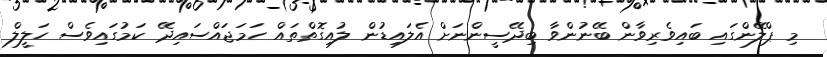
މި ޕްލޭންގައި ބައިވެރިވާން ބޭނުންވާ ބިދޭސީންނަށް އެލައިޑުން ލުއިގޮތްތައް ހަމަޖައްސައިދޭ ކަމުގައިވެސް ހަލީލް